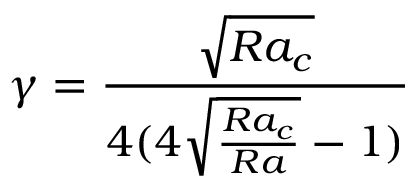
\gamma = \frac { \sqrt { R a _ { c } } } { 4 ( 4 \sqrt { \frac { R a _ { c } } { R a } } - 1 ) }